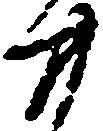
廿